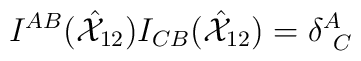
I^{AB}(\hat{{\cal X}}_{12})I_{CB}(\hat{{\cal X}}_{12})=\delta^{A}_{~C}